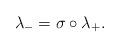
LaTeX: \begin{align*}\lambda_- = \sigma \circ \lambda_+. \end{align*}